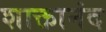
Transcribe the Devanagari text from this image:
शाक्तानंद